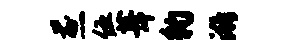
煎伍葺豹漪